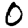
Digit: 0